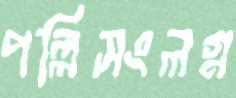
পল্লিসংলগ্ন